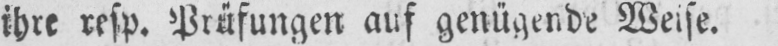
ihre resp. Prüfungen auf genügende Weise.